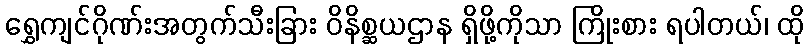
ရွှေကျင်ဂိုဏ်းအတွက်သီးခြား ဝိနိစ္ဆယဌာန ရှိဖို့ကိုသာ ကြိုးစား ရပါတယ်၊ ထို